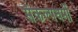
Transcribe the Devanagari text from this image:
संकल्पधर्मी